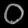
Digit: ၀